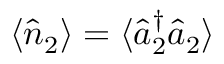
\langle \hat { n } _ { 2 } \rangle = \langle \hat { a } _ { 2 } ^ { \dagger } \hat { a } _ { 2 } \rangle